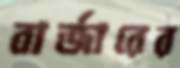
বার্জারের